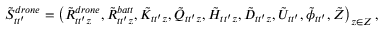
\begin{array} { r } { { \tilde { S } } _ { t t ^ { \prime } } ^ { d r o n e } = \left( \tilde { R } _ { t t ^ { \prime } z } ^ { d r o n e } , \tilde { R } _ { t t ^ { \prime } z } ^ { b a t t } , \tilde { K } _ { t t ^ { \prime } z } , \tilde { Q } _ { t t ^ { \prime } z } , \tilde { H } _ { t t ^ { \prime } z } , \tilde { D } _ { t t ^ { \prime } z } , \tilde { U } _ { t t ^ { \prime } } , \tilde { \phi } _ { t t ^ { \prime } } , \tilde { { \cal Z } } \right) _ { z \in { \cal Z } } , } \end{array}